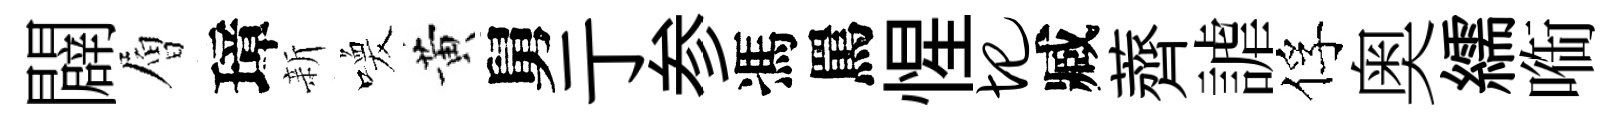
闢層璋新喚黄舅亍参馮罵惺圯臧薺謔俘奥繻㗸